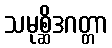
သမုစ္ဆိဒဂတ္တာ